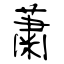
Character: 蕭